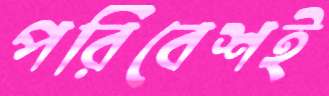
পরিবেশই